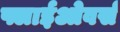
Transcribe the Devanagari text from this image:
फ्लाईओवर्स